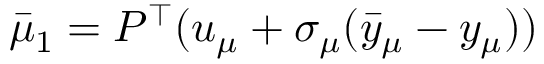
\bar { \mu } _ { 1 } = P ^ { \top } ( u _ { \mu } + \sigma _ { \mu } ( \bar { y } _ { \mu } - y _ { \mu } ) )